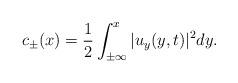
LaTeX: \begin{align*}c_\pm(x)=\frac{1}{2}\int_{\pm\infty}^x|u_y(y,t)|^2dy. \end{align*}